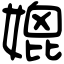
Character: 媲